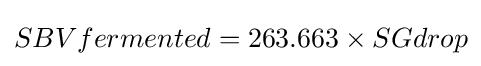
SBVfermented=263.663\times SGdrop